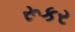
રૂકર